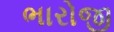
ભારોજી